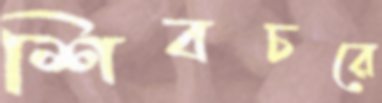
শিবচরে